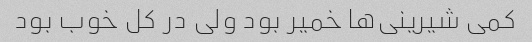
کمی شیرینی‌ها خمیر بود ولی در کل خوب بود